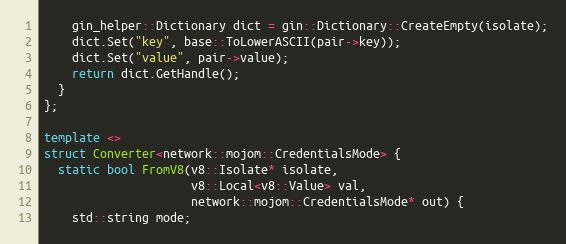
Language: C++
    gin_helper::Dictionary dict = gin::Dictionary::CreateEmpty(isolate);
    dict.Set("key", base::ToLowerASCII(pair->key));
    dict.Set("value", pair->value);
    return dict.GetHandle();
  }
};

template <>
struct Converter<network::mojom::CredentialsMode> {
  static bool FromV8(v8::Isolate* isolate,
                     v8::Local<v8::Value> val,
                     network::mojom::CredentialsMode* out) {
    std::string mode;